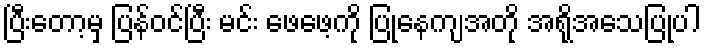
ပြီးတော့မှ ပြန်ဝင်ပြီး မင်း ဖေဖေ့ကို ပြုနေကျအတို အရိုအသေပြုပါ